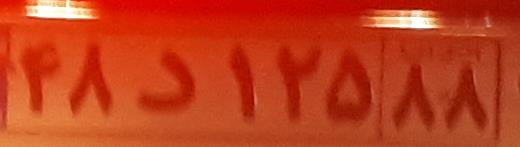
۴۸د۱۲۵۸۸